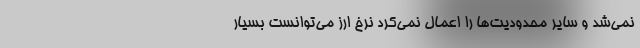
نمی‌شد و سایر محدودیت‌ها را اعمال نمی‌کرد نرخ ارز می‌توانست بسیار